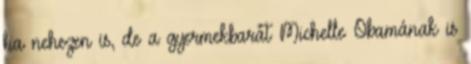
ha nehezen is, de a gyermekbarát Michelle Obamának is